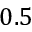
0 . 5